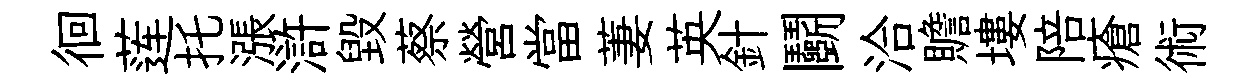
徊莲托漲滸毀蔡營當萋英針鬬洽贍塿陪瘡術